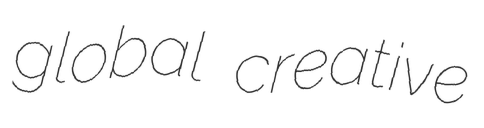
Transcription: global creative